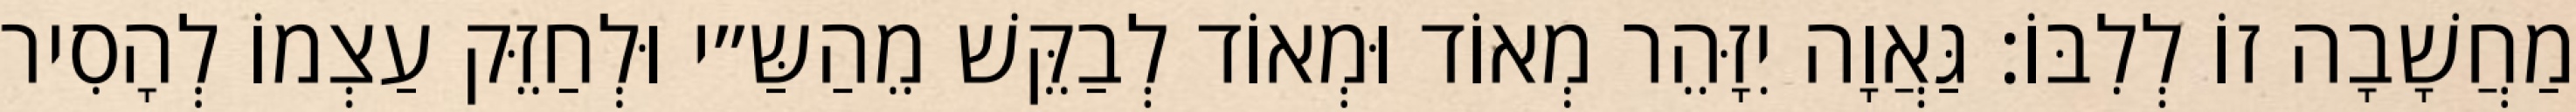
מַחֲשָׁבָה זוֹ לְלִבּוֹ: גַּאֲוָה יִזָּהֵר מְאוֹד וּמְאוֹד לְבַקֵּשׁ מֵהַשַּ״י וּלְחַזֵּק עַצְמוֹ לְהָסִיר